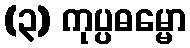
(၃) ကုပ္ပဓမ္မော